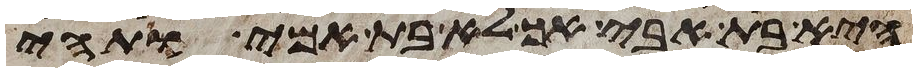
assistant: היא בת אבי אך לא בת אמי ותהי